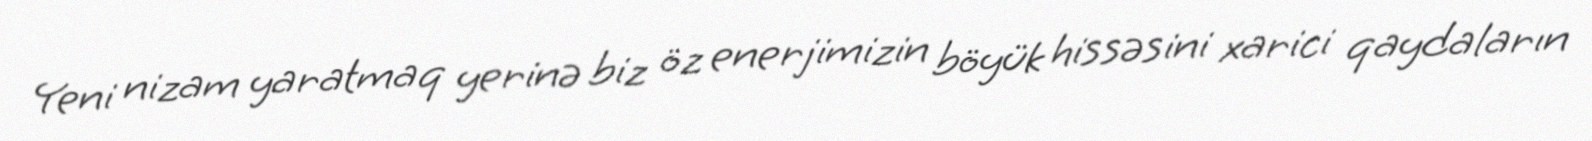
Yeni nizam yaratmaq yerinə biz öz enerjimizin böyük hissəsini xarici qaydaların